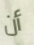
أن